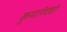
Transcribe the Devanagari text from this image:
कुमारिदेवी